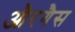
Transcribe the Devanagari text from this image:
औरगैस